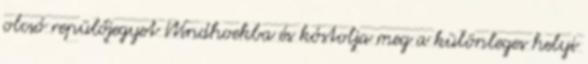
olcsó repülőjegyet Windhoekba és kóstolja meg a különleges helyi